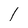
Character: l